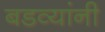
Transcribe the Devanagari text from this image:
बडव्यांनी